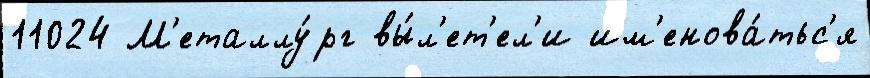
11024 М'еталлу́рг вы́л'ет'ел'и им'енова́тьс'я